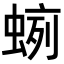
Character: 𧍐